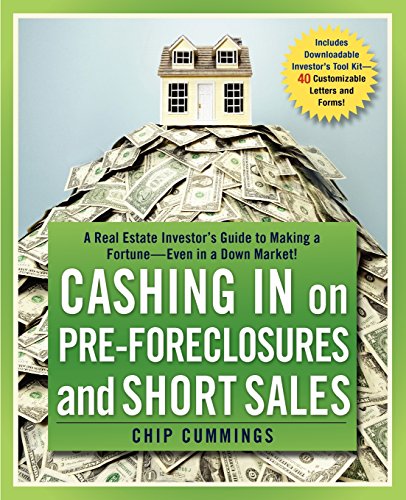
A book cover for Cashing in on Pre-foreclosures and Short Sales: A Real Estate Investor's Guide to Making a Fortune Even in a Down Market; Chip Cummings; Business & Money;